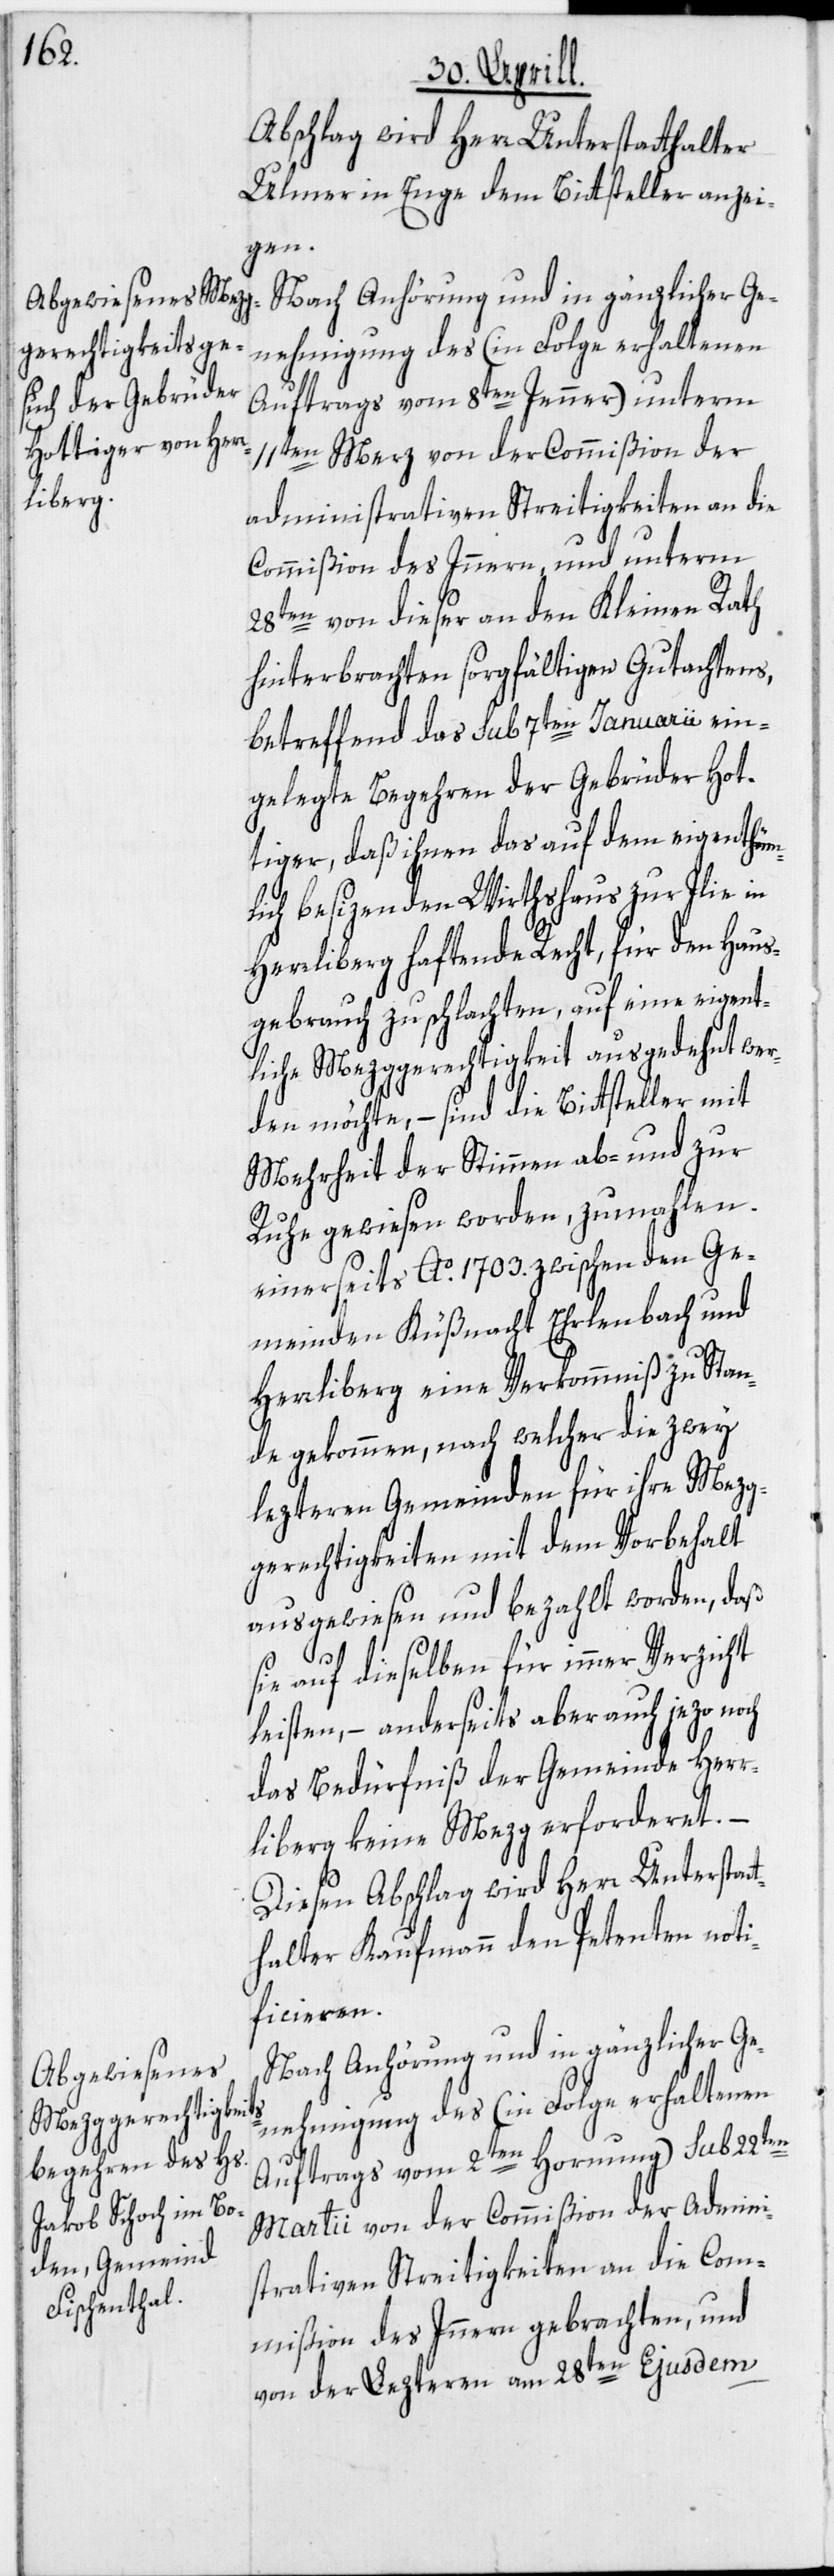
Abschlag wird Herr Unterstatthalter
Ulmer in Enge dem Bittsteller anzei¬
gen.
Nach Anhörung und in gänzlicher Ge¬
nehmigung des (in Folge erhaltenen
Auftrags vom 8ten Jenner) unterm
11ten Merz von der Commißion der
administrativen Streitigkeiten an die
Commißion des Innern, und unterm
28ten von dieser an den Kleinen Rath
hinterbrachten sorgfältigen Gutachtens,
betreffend das sub 7ten Januarii ein¬
gelegte Begehren der Gebrüder Hot¬
tiger, daß ihnen das auf dem eigenthüm¬
lich besizenden Wirthshaus zur Jlie in
Herrliberg haftende Recht, für den Haus¬
gebrauch zu schlachten, auf eine eigent¬
liche Mezggerechtigkeit ausgedehnt wer¬
den möchte, – sind die Bittsteller mit
Mehrheit der Stimmen ab- und zur
Ruhe gewiesen worden, zumahlen
einerseits Ao. 1703. zwischen den Ge¬
meinden Küßnacht[,] Ehrlenbach und
Herrliberg eine Verkommniß zu Stan¬
de gekommen, nach welcher die zwey
lezteren Gemeinden für ihre Mezg¬
gerechtigkeiten mit dem Vorbehalt
ausgewiesen und bezahlt worden, daß
sie auf dieselben für immer Verzicht
leisten, – anderseits aber auch jezo noch
das Bedürfniß der Gemeinde Herr¬
liberg keine Mezg erforderet. –
Diesen Abschlag wird Herr Unterstatt¬
halter Kaufmann den Petenten noti¬
ficieren.
Nach Anhörung und in gänzlicher Ge¬
nehmigung des (in Folge erhaltenen
Auftrags vom 2ten Hornung) sub 22ten
Martii von der Commißion der Admini¬
strativen Streitigkeiten an die Com¬
mißion des Innern gebrachten, und
von der Lezteren am 28ten Ejusdem